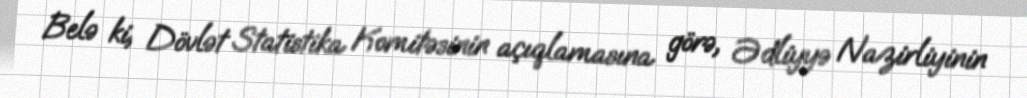
Belə ki, Dövlət Statistika Komitəsinin açıqlamasına görə, Ədliyyə Nazirliyinin